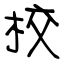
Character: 校